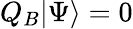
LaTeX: Q_{B}|\Psi\rangle=0